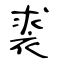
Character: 裘